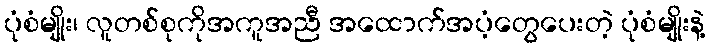
ပုံစံမျိုး၊ လူတစ်စုကိုအကူအညီ အထောက်အပံ့တွေပေးတဲ့ ပုံစံမျိုးနဲ့